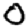
Digit: 0